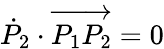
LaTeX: {\dot{P}}_{2}\cdot\overrightarrow{P_{1}P_{2}}=0